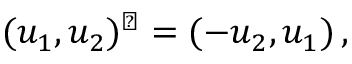
( u _ { 1 } , u _ { 2 } ) ^ { \perp } = ( - u _ { 2 } , u _ { 1 } ) \, ,